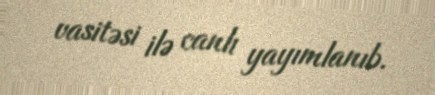
vasitəsi ilə canlı yayımlanıb.